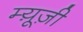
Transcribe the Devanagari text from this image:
म्यू़ज़ी